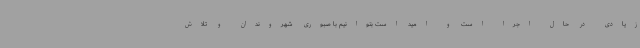
زیادی در حال اجرا است و امید است بتوانیم با صبوری شهروندان و تلاش